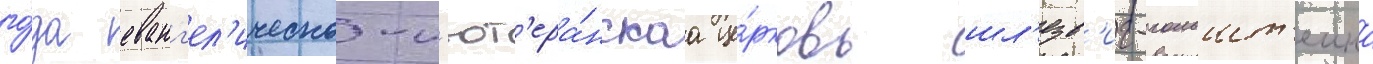
го́да еванг'ел'ическо-л'ют'ера́нскаа це́рковь шл'езв'иг-гольшт'еина